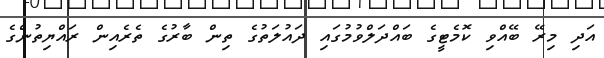
އަދި މިރޭ ބޭއްވި ކޮމެޓީގެ ބައްދަލްވުމުގައި ދައުލަތުގެ ތިން ބާރުގެ ތެރެއިން ރައްޔިތުންގެ